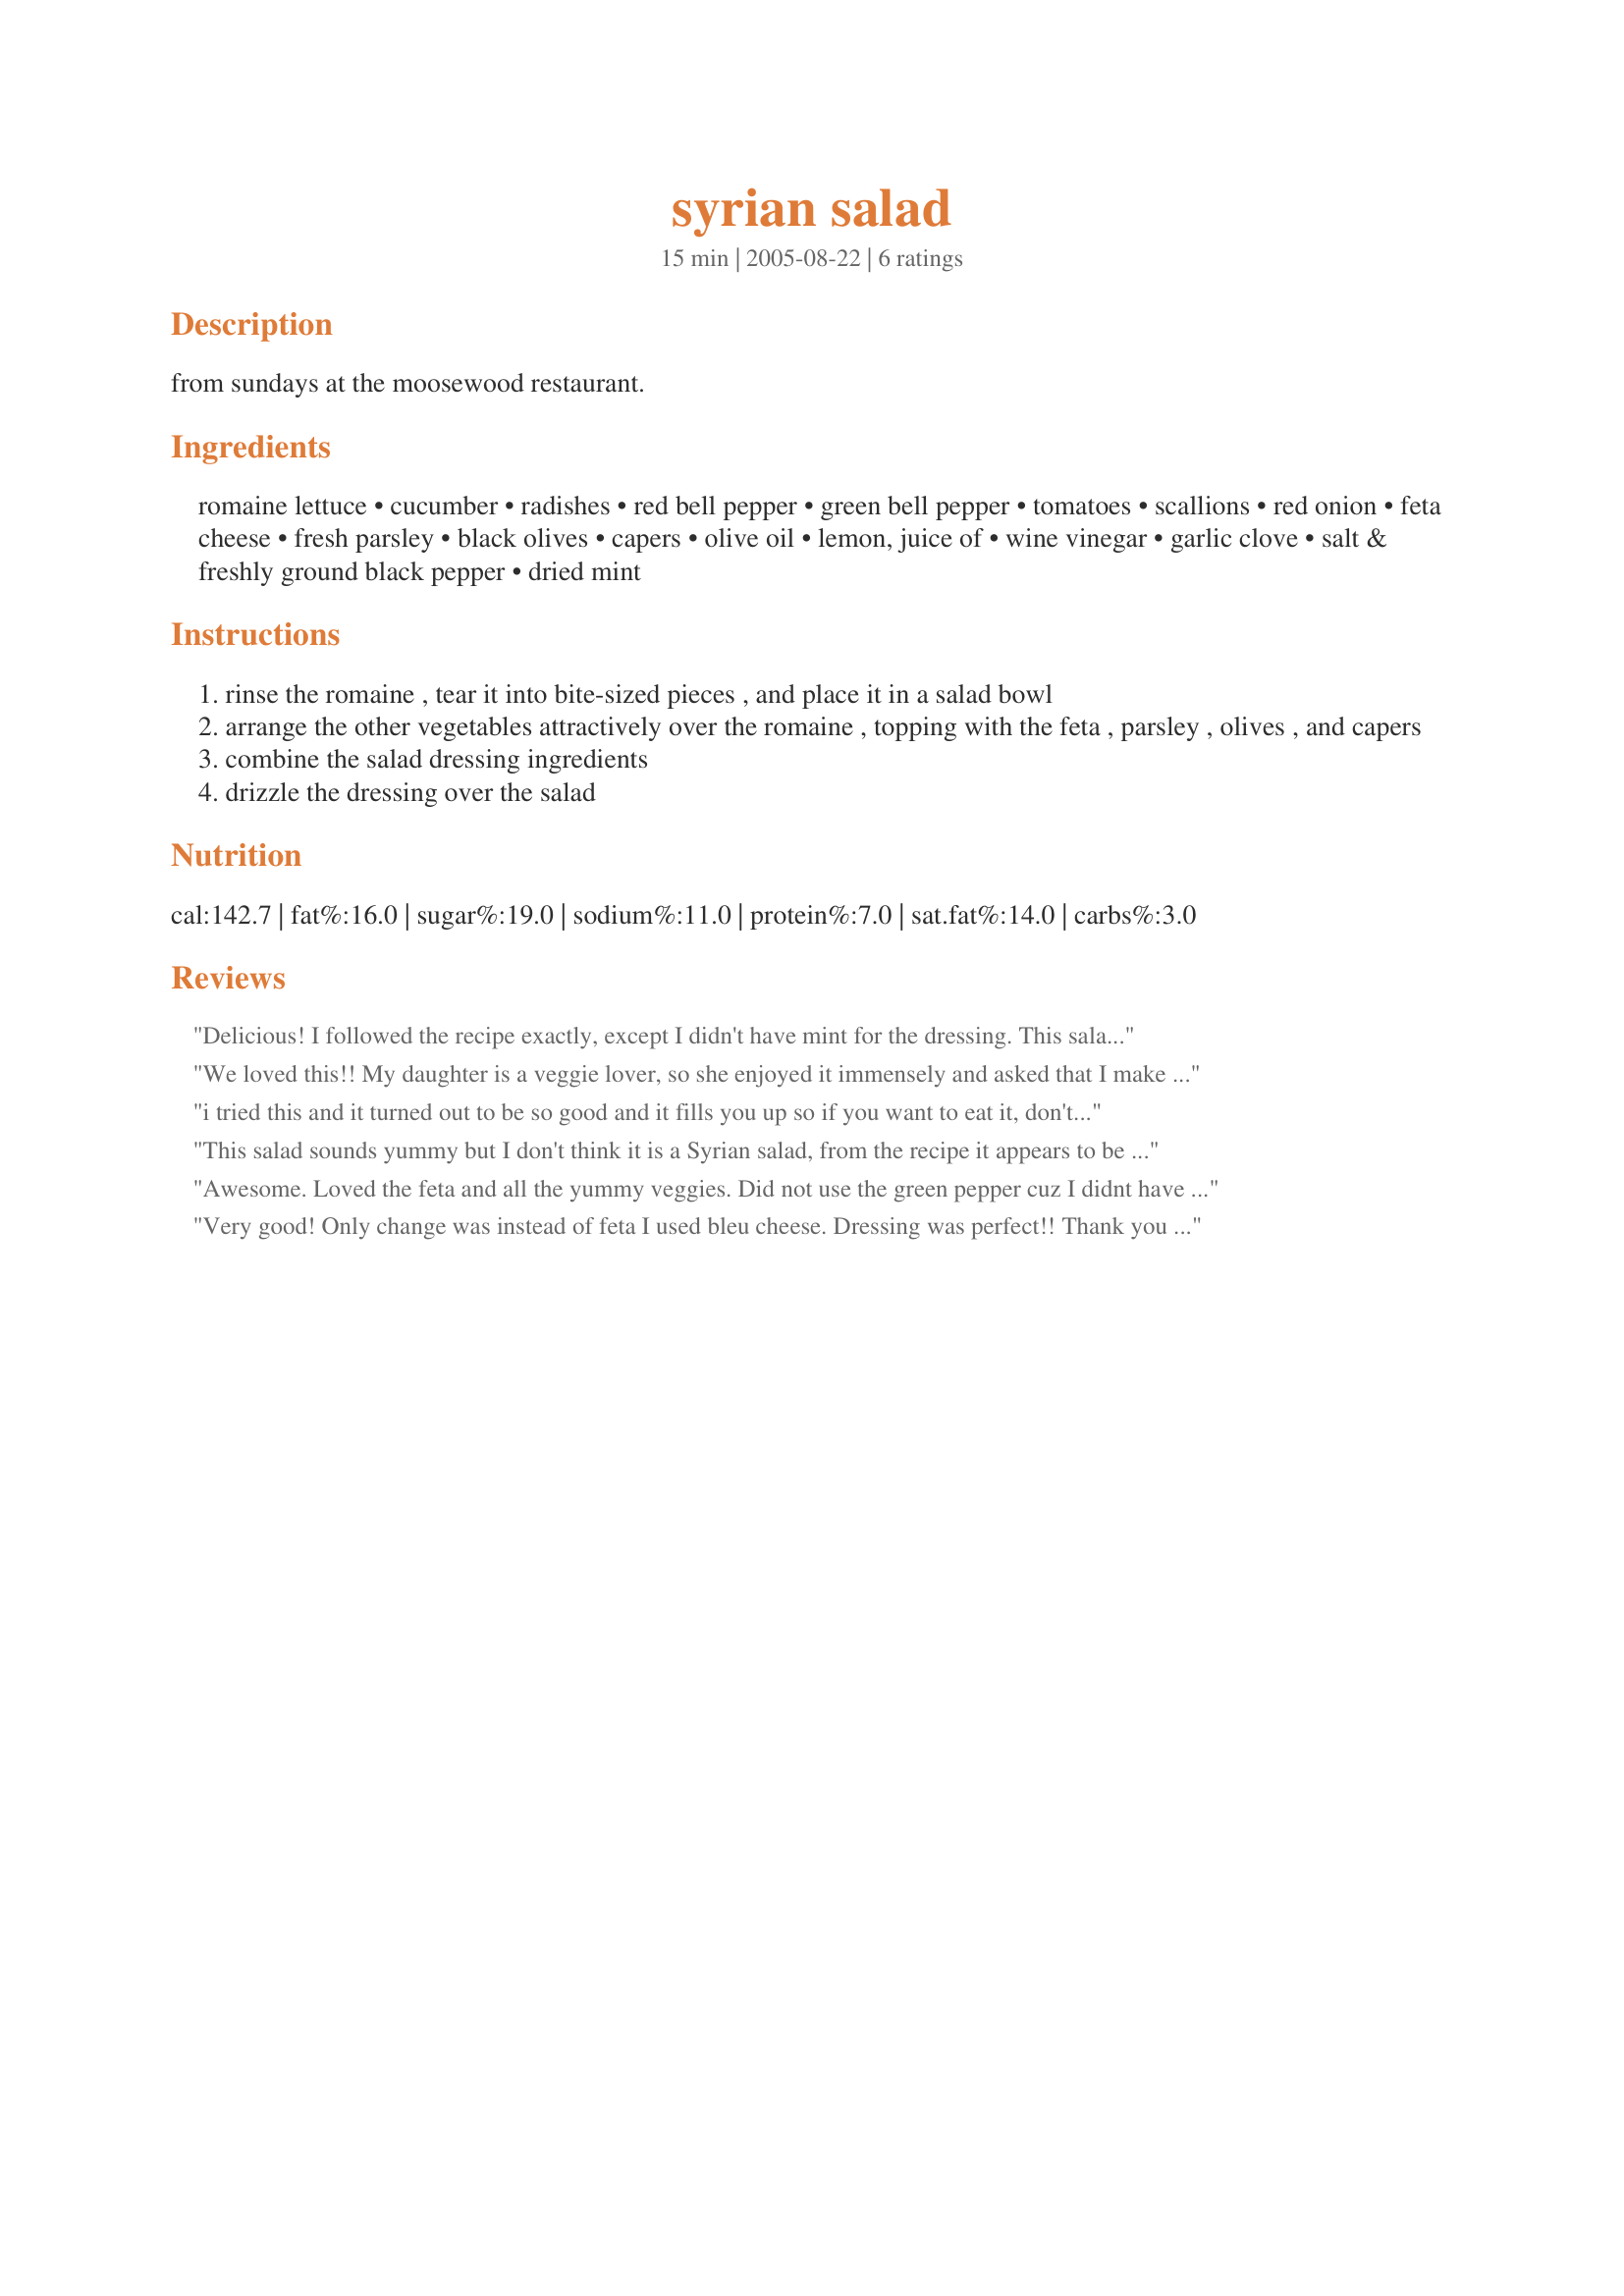
syrian salad
Preparation time: 15 minutes

from sundays at the moosewood restaurant.

Ingredients:
romaine lettuce, cucumber, radishes, red bell pepper, green bell pepper, tomatoes, scallions, red onion, feta cheese, fresh parsley, black olives, capers, olive oil, lemon, juice of, wine vinegar, garlic clove, salt & freshly ground black pepper, dried mint

Steps:
rinse the romaine , tear it into bite-sized pieces , and place it in a salad bowl
arrange the other vegetables attractively over the romaine , topping with the feta , parsley , olives , and capers
combine the salad dressing ingredients
drizzle the dressing over the salad

Reviews:
Delicious! I followed the recipe exactly, except I didn't have mint for the dressing. This salad has lots of fresh veggies, and the nice dressing brings all the flavors together. I'll make this one again.
We loved this!! My daughter is a veggie lover, so she enjoyed it immensely and asked that I make it again often!!
i tried this and it turned out to be so good and it fills you up so if you want to eat it, don't think you can eat a whole plate with rice or anything else!!!!!!!!!!!!!!!!!
This salad sounds yummy but I don't think it is a Syrian salad, from the recipe it appears to be a Greek style salad. My hubby is Syrian. We did have Syrian salad tonight all it had in it was cucumber, tomato, onion, mint, lemon juice, olive oil and salt and pepper. A little parsley can be added as well but he didn't feel like it tonight. This one is good with lamb kabobs. Syrians eat certain salads with certain foods...
Awesome. Loved the feta and all the yummy veggies. Did not use the green pepper cuz I didnt have any and left out the radish cuz we dont like them. Had to use some Greek green olives bc black never last around here. I eat them as soon as I can get the jar open! lol

Thanks for a great recipe.
Very good! Only change was instead of feta I used bleu cheese.
Dressing was perfect!!
Thank you for a great salad!
